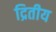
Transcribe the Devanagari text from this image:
द्रितीय